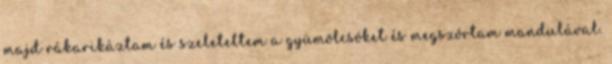
majd rákarikáztam és szeleteltem a gyümölcsöket és megszórtam mandulával.